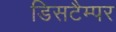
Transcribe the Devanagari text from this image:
डिसटैम्पर